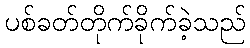
ပစ်ခတ်တိုက်ခိုက်ခဲ့သည်